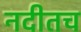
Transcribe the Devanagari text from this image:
नदीतच